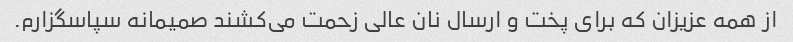
از همه عزیزان که برای پخت و ارسال نان عالی زحمت می‌کشند صمیمانه سپاسگزارم.